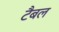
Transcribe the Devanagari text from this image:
टैबल